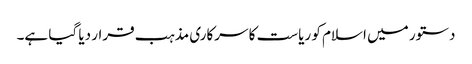
دستور میں اسلام کو ریاست کا سرکاری مذہب قرار دیا گیا ہے۔